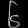
Digit: ၆